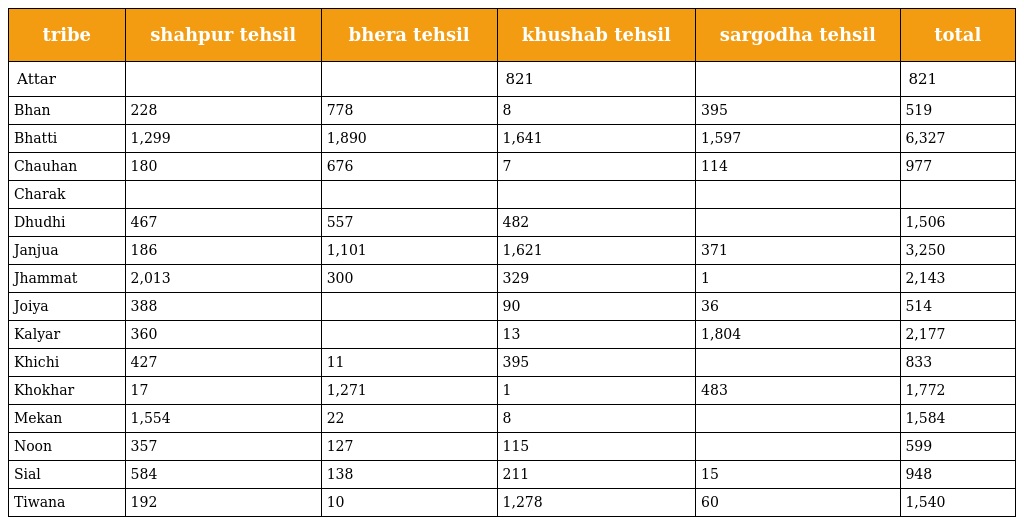
| tribe | shahpur tehsil | bhera tehsil | khushab tehsil | sargodha tehsil | total |
 | --- | --- | --- | --- | --- | --- |
 | Attar |  |  | 821 |  | 821 |
 | Bhan | 228 | 778 | 8 | 395 | 519 |
 | Bhatti | 1,299 | 1,890 | 1,641 | 1,597 | 6,327 |
 | Chauhan | 180 | 676 | 7 | 114 | 977 |
 | Charak |  |  |  |  |  |
 | Dhudhi | 467 | 557 | 482 |  | 1,506 |
 | Janjua | 186 | 1,101 | 1,621 | 371 | 3,250 |
 | Jhammat | 2,013 | 300 | 329 | 1 | 2,143 |
 | Joiya | 388 |  | 90 | 36 | 514 |
 | Kalyar | 360 |  | 13 | 1,804 | 2,177 |
 | Khichi | 427 | 11 | 395 |  | 833 |
 | Khokhar | 17 | 1,271 | 1 | 483 | 1,772 |
 | Mekan | 1,554 | 22 | 8 |  | 1,584 |
 | Noon | 357 | 127 | 115 |  | 599 |
 | Sial | 584 | 138 | 211 | 15 | 948 |
 | Tiwana | 192 | 10 | 1,278 | 60 | 1,540 |